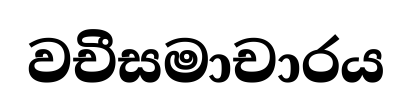
වචීසමාචාරය